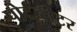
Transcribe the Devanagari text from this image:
पोर्टब्लेटर